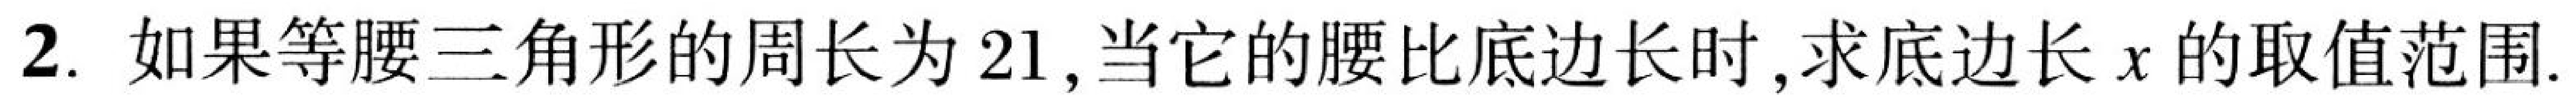
2. 如果等腰三角形的周长为21,当它的腰比底边长时,求底边长\(x\)的取值范围.